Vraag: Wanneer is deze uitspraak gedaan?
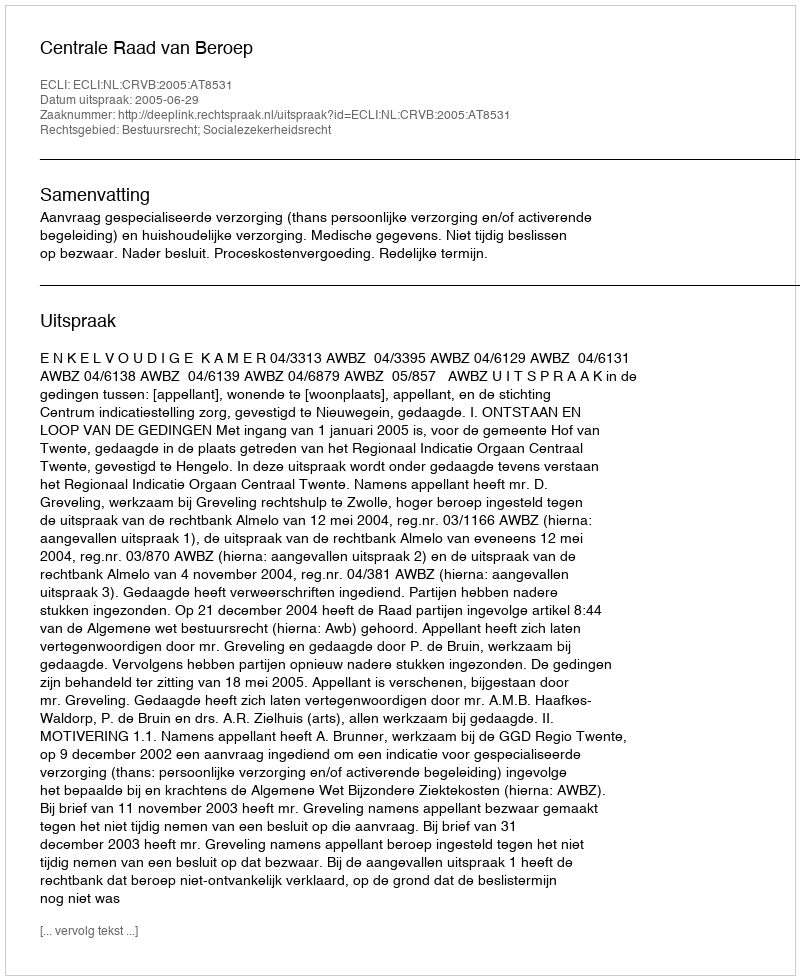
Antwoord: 2005-06-29